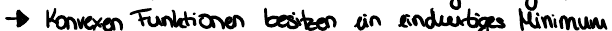
-> Konvexen Funktionen besitzen ein eindeutiges Minimun